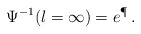
\begin{align*}\Psi^{-1}(\l=\infty) = e^\P\, . \end{align*}